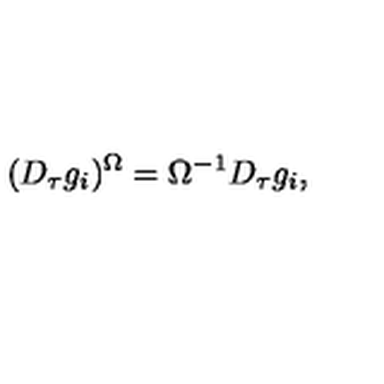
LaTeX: ( D _ { \tau } g _ { i } ) ^ { \Omega } = \Omega ^ { - 1 } D _ { \tau } g _ { i } ,